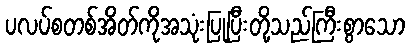
ပလပ်စတစ်အိတ်ကိုအသုံးပြုပြီးတို့သည်ကြီးစွာသော